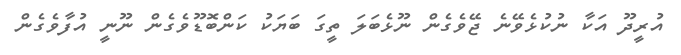
އުރީދޫ އަކާ ނުކުޅެވޭނެ ޖޭވެގެން ނޫޅެބަލަ ތީގަ ބަޔަކު ކަންބޮޑޫވެގެން ނޫނީ އުފާވެގެން